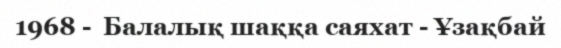
1968 -  Балалық шаққа саяхат - Ұзақбай